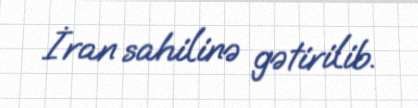
İran sahilinə gətirilib.